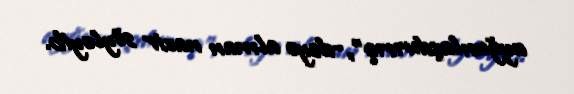
uyğunlaşdırırıq”,-deyə alman nazir söyləyib.